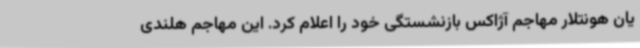
یان هونتلار مهاجم آژاکس بازنشستگی خود را اعلام کرد. این مهاجم هلندی